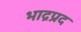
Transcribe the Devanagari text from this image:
भाद्रप्रद